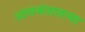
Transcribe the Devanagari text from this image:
आसमंतातल्या